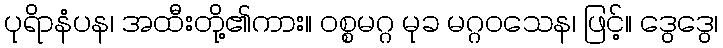
ပုရိာနံပန၊ အထီးတို့၏ကား။ ဝစ္စမဂ္ဂ မုခ မဂ္ဂဝသေန၊ ဖြင့်။ ဒွေဒွေ၊